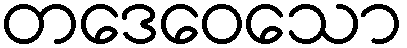
တဒေဝေသော